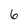
Character: 6